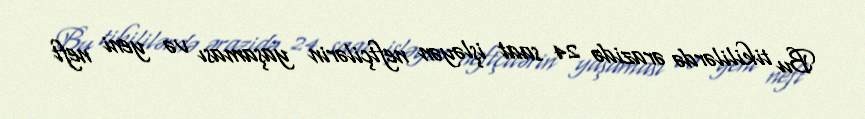
Bu tikililərdə ərazidə 24 saat işləyən neftçilərin yaşaması və yeni neft